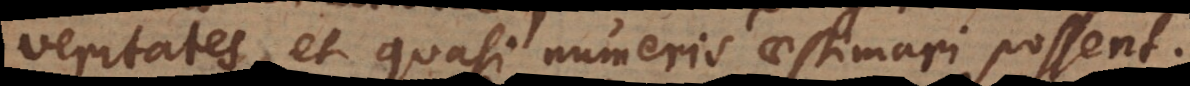
veritates, et quasi numeris aestimari possent.